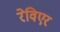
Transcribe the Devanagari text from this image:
रेविएर